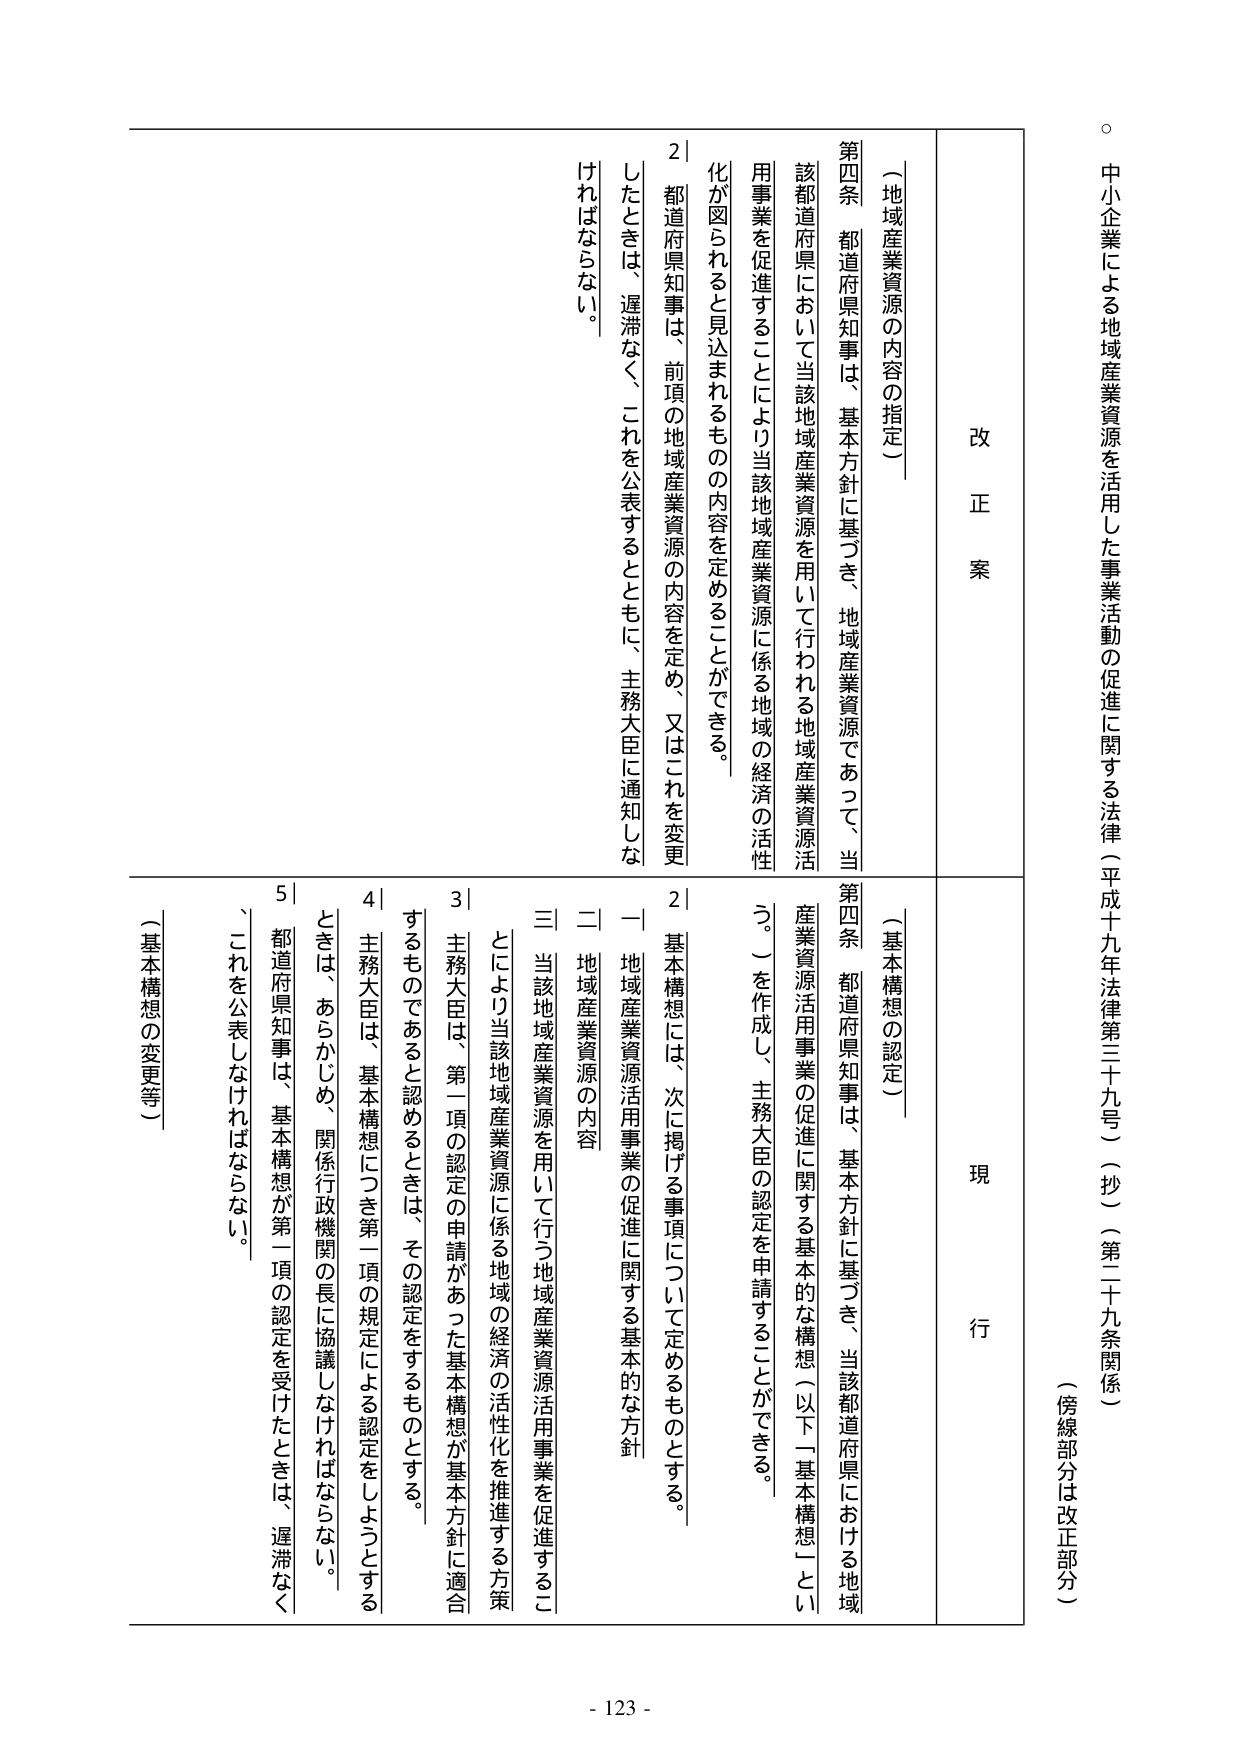
中小企業による地域産業資源を活用した事業活動の促進に関する法律（平成十九年法律第三十九号）（抄）（第二十九条関係）
（傍線部分は改正部分）

改正案
現行

第四条 都道府県知事は、基本方針に基づき、地域産業資源であって、当該都道府県において当該地域産業資源を用いて行われる地域産業資源活用事業を促進することにより当該地域産業資源に係る地域の経済の活性化が図られると見込まれるもの の内容を定めることができる。
2 都道府県知事は、前項の地域産業資源の内容を定め、又はこれを変更したときは、遅滞なく、これを公表するとともに、主務大臣に通知しなければならない。

（地域産業資源の内容の指定）

第四条 都道府県知事は、基本方針に基づき、当該都道府県における地域産業資源活用事業の促進に関する基本的な構想（以下「基本構想」という。）を作成し、主務大臣の認定を申請することができる。
2 基本構想には、次に掲げる事項について定めるものとする。
一 地域産業資源活用事業の促進に関する基本的な方針
二 地域産業資源の内容
三 当該地域産業資源を用いて行う地域産業資源活用事業を促進することにより、当該地域産業資源に係る地域の経済の活性化を推進する方策
3 主務大臣は、第一項の認定の申請があった基本構想が基本方針に適合するものであると認めるときは、その認定をするものとする。
4 主務大臣は、基本構想につき第一項の規定による認定をしようとするときは、あらかじめ、関係行政機関の長に協議しなければならない。
5 都道府県知事は、基本構想が第一項の認定を受けたときは、遅滞なく、これを公表しなければならない。

（基本構想の認定）
（基本構想の変更等）

- 123 -